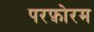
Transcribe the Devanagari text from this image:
परफ़ोरम